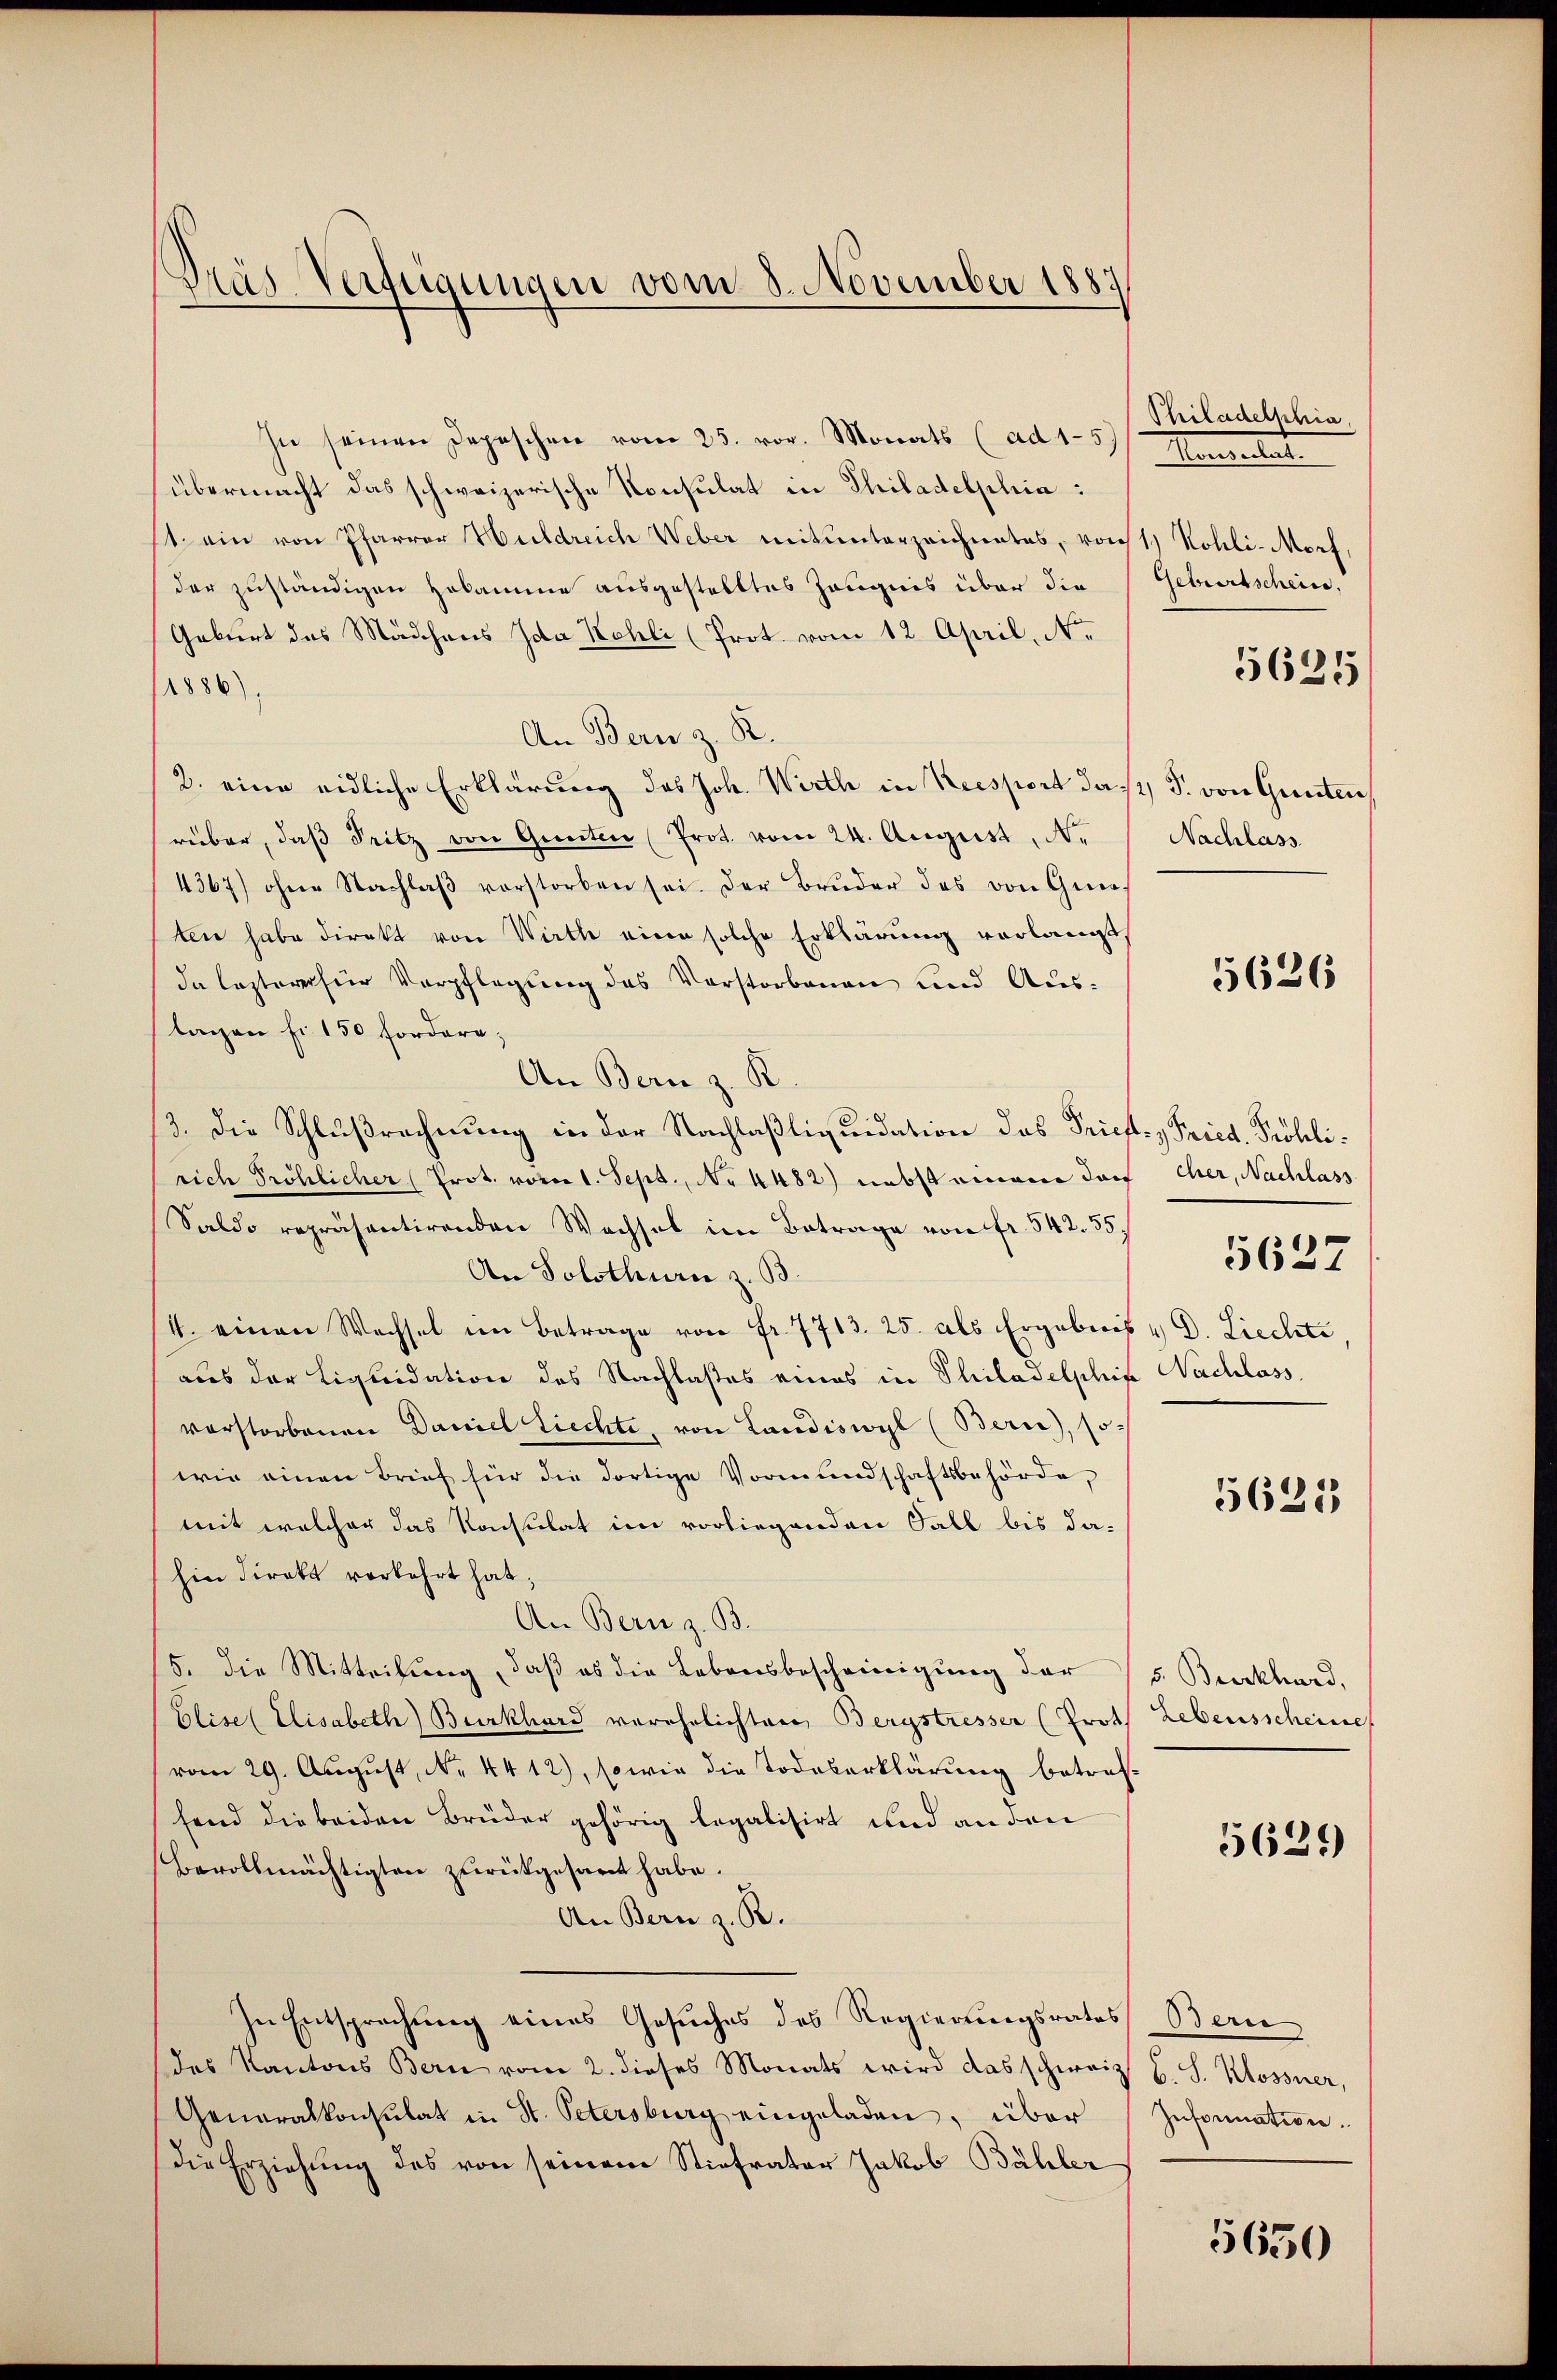
Dräs Verfügungen vom 8. November 1883

In seinen Depeschen vom 25. vor. Monats (ad 15 Markulat
übermacht das schweizerische Konsulat in Philadelphia:
1 ein von Pfarrer Huldreich Weber mitunterzeichnetes, von Kohli-Morf
der zuständigen Hakamme ausgestelltes Zeugnis über die
Geburt des Mädchens Ida Kohli (Prot. vom 12. April, No.
1886),
An Bern z. R.
2. eine eidliche Erklärung des Joh. Wirth in Kresport das P. von Gunten,
rüber, daβ Pritz von Quinten (Prot. vom 24. August, N.
4367) ohne Nachlaβ vorstorben sei. Der Bruder des von Gies
ten habe direkt von Wirth eine solche Erklärung verlangt,
da lezterer für Verpflegung des Vorstorbenen und Auslagen fi 150 fordern;
An Bern z. R.
/3. die Schlußrechnung in der Nachlaßliquidation das Prief.  Fried. Fröhlirich Pröhlicher (Prot. voren 1. Sept., No 4482) nebst einem doch eher, Nachlass
Saldo repräsentirenden Wechsel im Betrage von fr. 542. 55
An Solothurn z. B.
/4. einen Wechsel im Betrage von Fr. 7713. 25. als Ergebnis u. D. Liechte
aus der Liquidation des Nachlastes eines in Philadelphia Nachlass
vorstorbenen Daniel Liechte, von Landiswyl (Bern), so-
wie einen Brief für die dortige Vormŭndschaftsbehörde,
mit welcher das Konsulat im vorliegenden Fall bis dahin direkt verkehrt hat;
An Bern z. B.
5. Die Mitteilung, daß es die Lebensbescheinigung der (s. Burkhard,
Elise (Elisabeth Burkhard verehelichten Bergstresser (Proth Lebensscheine
vom 29. August, N. 4412), sowie die Todeserklärung betreffend die beiden Brüder gehörig legalisirt und an den
Bevollmächtigten zurückgesamt habe.
An Bern z. B.
In Entsprechung eines Gesuches des Regierungsrates Bern
des Kantons Bern vom 2. dieses Monats wird das schweiz. B. S. Kossner,
Generalkonsulat in St. Petersburg eingeladen, über
die Erziehung des von seinem Stiefvater Jakob Bähler

Philadelschia,
Geburtschein,

5625

Nachlass

5626

5627

5625

5629)

Information.

5650